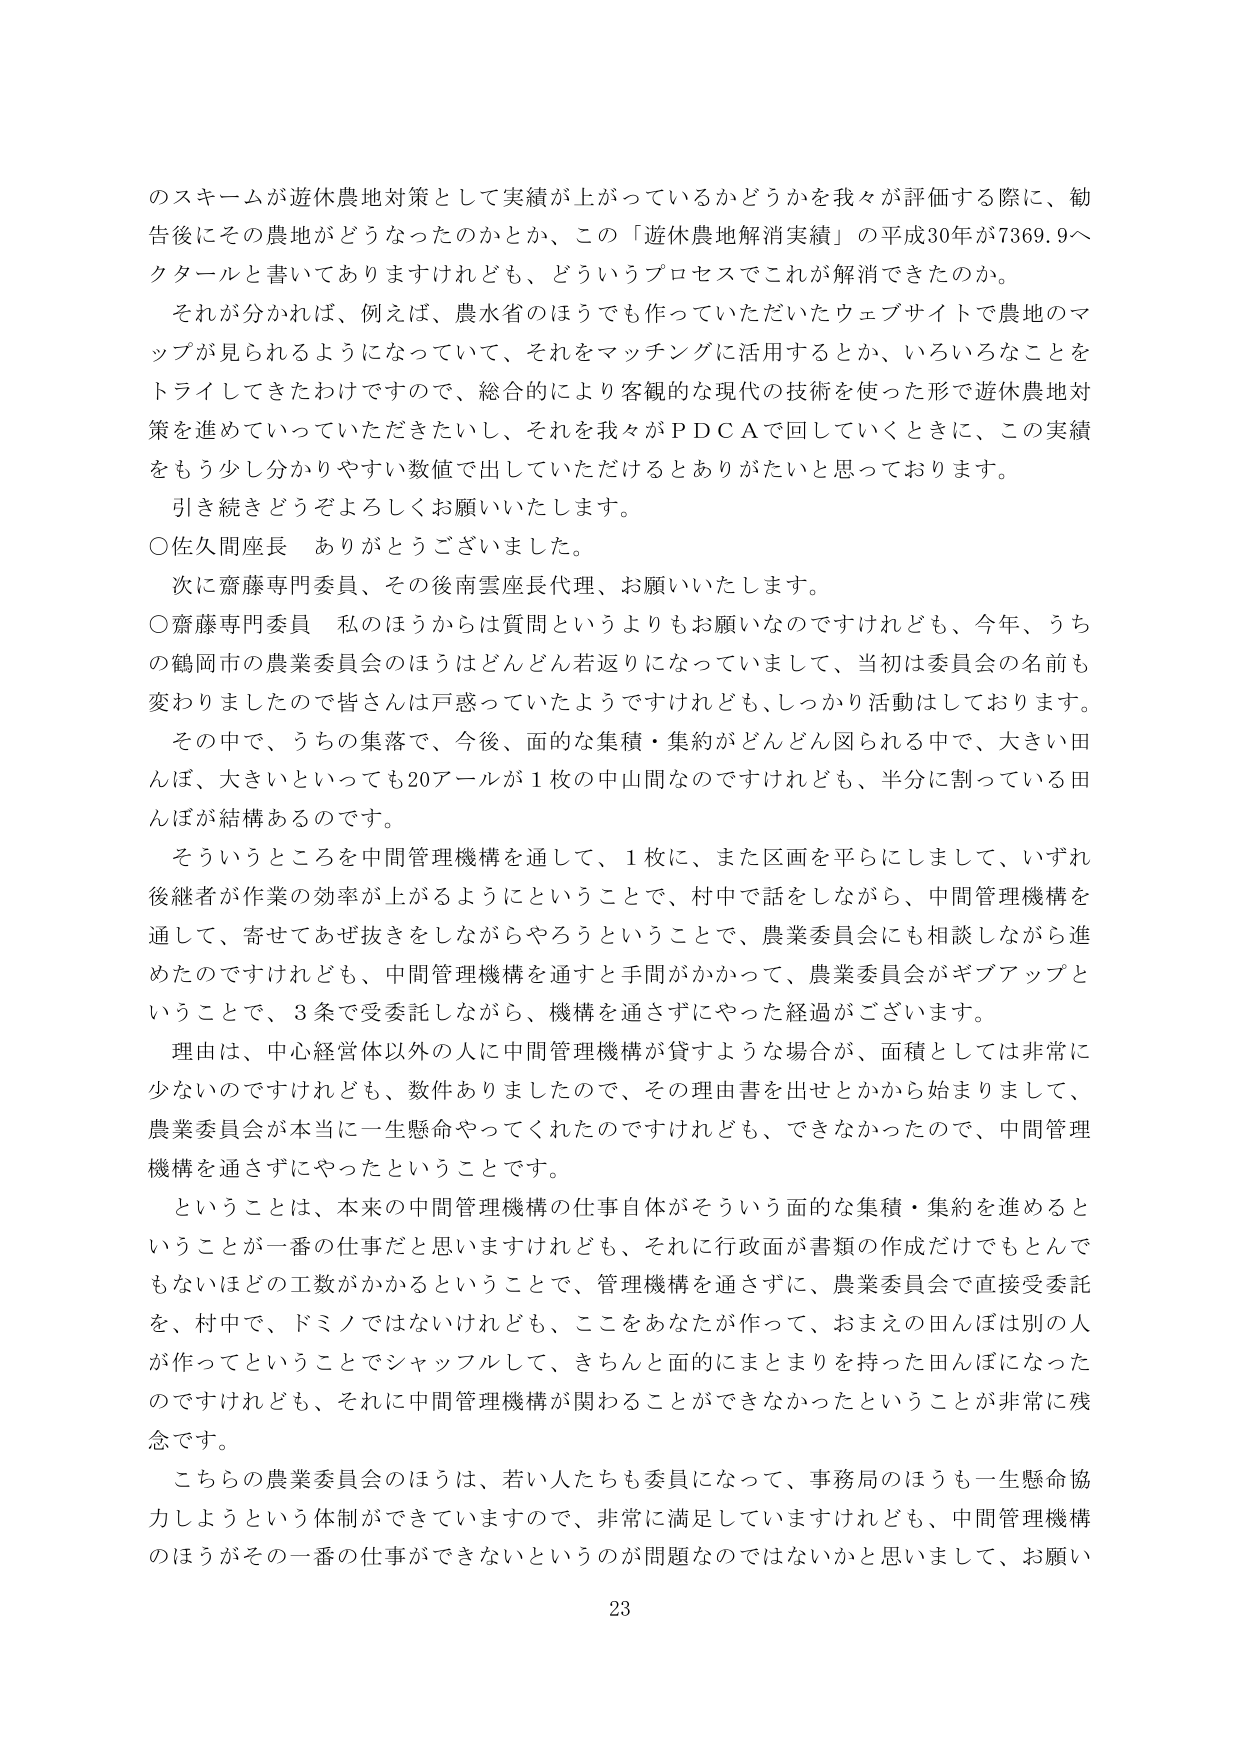
のスキームが遊休農地対策として実績が上がっているかどうかを我々が評価する際に、勧告後にその農地がどうなったのかとか、この「遊休農地解消実績」の平成30年が7369.9ヘクタールと書いてありますけれども、どういうプロセスでこれが解消できたのか。

それが分かれば、例えば、農水省のほうでも作っていただいたウェブサイトで農地のマップが見られるようになっていて、それをマッチングに活用するとか、いろいろなことをトライしてきたわけですので、総合的により客観的な現代の技術を使った形で遊休農地対策を進めていっていただきたいし、それを我々がＰＤＣＡで回していくときに、この実績をもう少し分かりやすい数値で出していただけるとありがたいと思っております。

引き続きどうぞよろしくお願いいたします。

○佐久間座長　ありがとうございました。

次に齋藤専門委員、その後南雲座長代理、お願いいたします。

○齋藤専門委員　私のほうからは質問というよりもお願いなのですがけれども、今年、うちの鶴岡市の農業委員会のほうはどんどん若返りになっていまして、当初は委員会の名前も変わりましたので皆さんは戸惑っていたようですがけれども、しっかり活動はしております。

その中で、うちの集落で、今後、面的な集積・集約がどんどん図られる中で、大きい田んぼ、大きいといっても20アールが1枚の中山間なのですがけれども、半分に割っている田んぼが結構あるのです。

そういうところを中間管理機構を通して、1枚に、また区画を平らにしまして、いずれ後継者が作業の効率が上がるようということで、村中で話をしながら、中間管理機構を通して、寄せてあぜ抜きをしながらやろうということで、農業委員会にも相談しながら進めたのですがけれども、中間管理機構を通すと手間がかかって、農業委員会がギブアップということで、3条で受委託しながら、機構を通さずにやった経過がございます。

理由は、中心経営体以外の人に中間管理機構が貸すような場合が、面積としては非常に少ないのですがけれども、数件ありましたので、その理由書を出せとかから始まりまして、農業委員会が本当に一生懸命やってくれたのですがけれども、できなかったので、中間管理機構を通さずにやったということです。

ということは、本来の中間管理機構の仕事自体がそういう面的な集積・集約を進めるということが一番の仕事だと思いますけれども、それに行政面が書類の作成だけでもとんでもないほどの工数がかかるということで、管理機構を通さずに、農業委員会で直接受委託を、村中で、ドミノではないけれども、ここをあなたが作って、おまえの田んぼは別の人が作ってということでシャッフルして、きちんと面的にまとまりを持った田んぼになったのですがけれども、それに中間管理機構が関わることができなかったということが非常に残念です。

こちらの農業委員会のほうは、若い人たちも委員になって、事務局のほうも一生懸命協力しようという体制ができていますので、非常に満足していますけれども、中間管理機構のほうがその一番の仕事ができないというのが問題なのではないかと思いまして、お願い

23